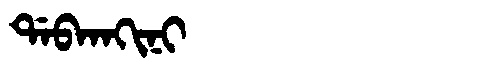
Manchu: ᡩᠠᠪᡴᠠᡴᡳᠨᡳ
Romanization: DABKAKINI